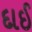
દાઈ